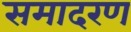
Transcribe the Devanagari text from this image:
समादरण